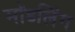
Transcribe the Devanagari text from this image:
मॉडलिंग